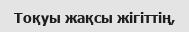
Тоқуы жақсы жігіттің,